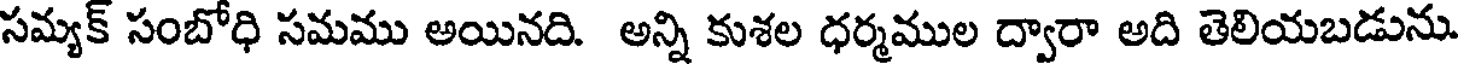
సమ్యక్ సంబోధి సమము అయినది. అన్ని కుశల ధర్మముల ద్వారా అది తెలియబడును